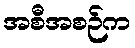
အစီအစဉ်က